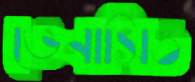
ভেনাসিও